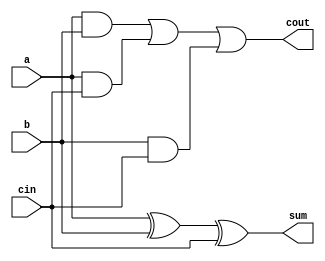
//Full Adder Module
module FA(a,b,cin,sum,cout);

	input a,b,cin;
	output sum,cout;
	wire t1,t2,t3;

	xor(sum,a,b,cin);
	and(t1,a,b);
	and(t2,a,cin);
	and(t3,b,cin);
	or(cout,t1,t2,t3);

endmodule

//ALU module
module alu(a,b,cin,control,result,cout);

	input a,b,cin;
	input [3:0]control;
	output result,cout;
	wire t1,t2;
	wire ain,bin;
	wire sum,slt;
	wire t3,t4;

	assign ain=control[3] ? ~a:a; 				//checks if a needs to be inverted
	assign bin=control[2] ? ~b:b;				//checks if b needs to be inverted
	
	and (t1,ain,bin);
	or (t2,ain,bin);
	FA a0(ain,bin,cin,sum,cout);
	assign slt=~cout;
	
	assign t3 = control[0]?t2:t1;				//chooses and/or function
	assign t4 = control[0]?slt:sum;				//chooses slt/sum function
	assign result = control[1]?t4:t3;			//gets result of the four operations

endmodule